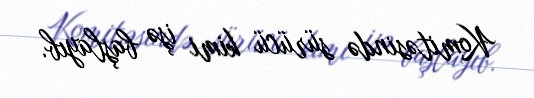
Komitəsində sürücü kimi işə başlayıb.